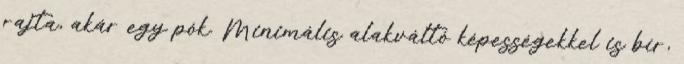
rajta, akár egy pók. Minimális alakváltó képességekkel is bír,